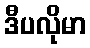
ဒီပလိုမာ